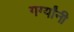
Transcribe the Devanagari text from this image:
गर्ग्यांनी